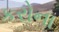
કરોના